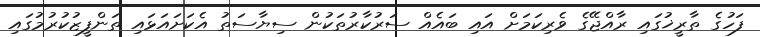
ފަހުގެ ތާރީޚުގައި ރާއްޖޭގެ ވެރިކަމަށް އައި ބައެއް ސަރުކާރުތަކުން ސިޔާސަތު އެކަށައަޅައި ތަންފީޒުކުރުމުގައި